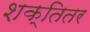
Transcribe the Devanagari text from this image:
शक्तितर